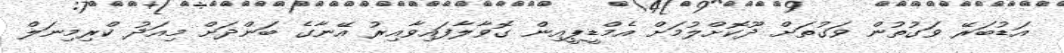
އަޑުބަރޭ ވަގުތުން ވަގުތަށް ދޫކޮށްލުމަށް އެމްޑީޕީއިން ގޮވާލާފައިވާއިރު އޭނާގެ ބަންދަށް މިއަދު ކްރިމިނަލް